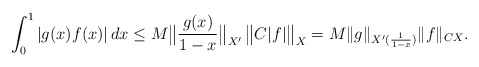
\begin{align*}\int_0^1|g(x) f(x)| \, dx \leq M \big \| \frac{g(x)}{1-x} \big \|_{X^{\prime}} \, \big \|C|f| \big\|_X = M \|g\|_{X^{\prime}(\frac{1}{1-x})} \|f\|_{CX}.\end{align*}